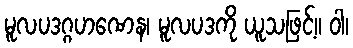
မူလပဒဂ္ဂဟဏေန၊ မူလပဒကို ယူသဖြင့်။ ဝါ၊